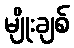
မျိုးချစ်